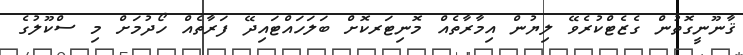
ޤާނޫނީގޮތުން ގެޒެޓްކުރެވޭ ލިޔުން އިމާރާތެއް މޮނިޓަރކޮށް ބަލަހައްޓައިދޭ ފަރާތެއް ހޯދުމަށް މި ސްކޫލުގެ